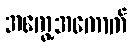
အကွေ့အကောက်